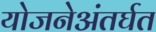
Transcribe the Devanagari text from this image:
योजनेअंतर्घत